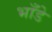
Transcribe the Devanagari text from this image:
भाँडे